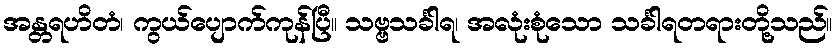
အန္တရဟိတံ၊ ကွယ်ပျောက်ကုန်ပြီ။ သဗ္ဗသင်္ခါရ၊ အလုံးစုံသော သင်္ခါရတရားတို့သည်။